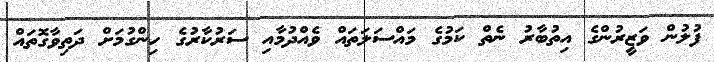
ފުލުން ވަޒީރުންގެ އިތުބާރު ނެތް ކަމުގެ މައްސަލަތައް ވެއްދުމާއި ސަރުކާރުގެ ހިންގުމަށް ދަތިވާގޮތައް